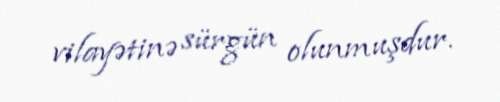
vilayətinə sürgün olunmuşdur.